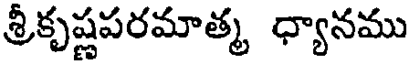
శ్రీకృష్ణపరమాత్మ ధ్యానము